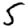
Digit: 5